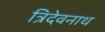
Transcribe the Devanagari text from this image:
त्रिदेवनाथ